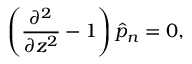
\left( \frac { \partial ^ { 2 } } { \partial z ^ { 2 } } - 1 \right) \hat { p } _ { n } = 0 ,